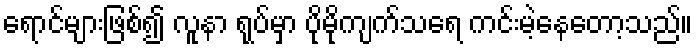
ရောင်များဖြစ်၍ လူနာ ရုပ်မှာ ပိုမိုကျက်သရေ ကင်းမဲ့နေတော့သည်။